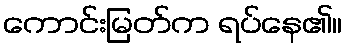
ကောင်းမြတ်က ရပ်နေ၏။